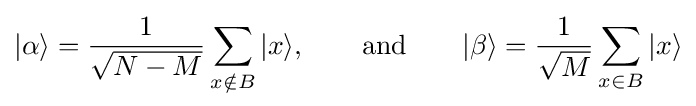
|\alpha \rangle ={\frac {1}{\sqrt {N-M}}}\sum _{x\notin B}{|x\rangle },\qquad {\text{and}}\qquad |\beta \rangle ={\frac {1}{\sqrt {M}}}\sum _{x\in B}{|x\rangle }